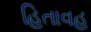
હિતાવહ